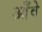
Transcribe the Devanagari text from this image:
आँवे